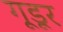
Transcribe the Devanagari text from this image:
गूडूर